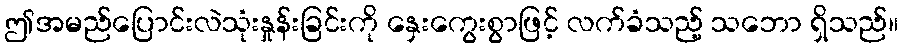
ဤအမည်ပြောင်းလဲသုံးနှုန်းခြင်းကို နှေးကွေးစွာဖြင့် လက်ခံသည့် သဘော ရှိသည်။